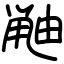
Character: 𫠘